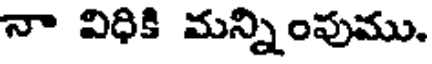
నా విధికి మన్నింపుము,